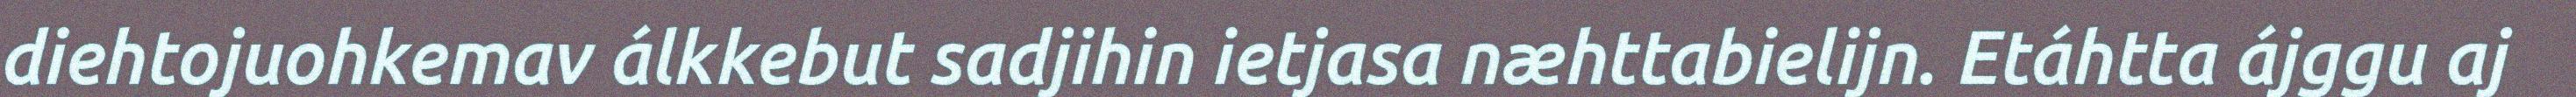
diehtojuohkemav álkkebut sadjihin ietjasa næhttabielijn. Etáhtta ájggu aj